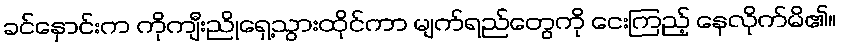
ခင်နှောင်းက ကိုကျီးညိုရှေ့သွားထိုင်ကာ မျက်ရည်တွေကို ငေးကြည့် နေလိုက်မိ၏။